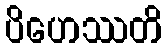
ပိဟေဿတိ